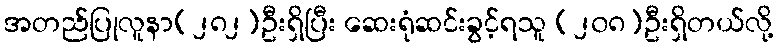
အတည်ပြုလူနာ(၂၈၂)ဦးရှိပြီး ဆေးရုံဆင်းခွင့်ရသူ (၂၀၈)ဦးရှိတယ်လို့